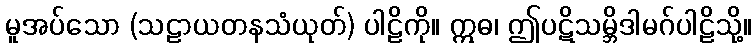
မူအပ်သော (သဠာယတနသံယုတ်) ပါဠိကို။ ဣဓ၊ ဤပဋိသမ္ဘိဒါမဂ်ပါဠိသို့။